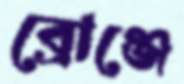
ব্রোঞ্জে